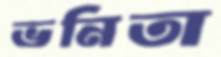
ভনিতা